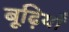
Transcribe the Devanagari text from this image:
बूढ़ियाँ